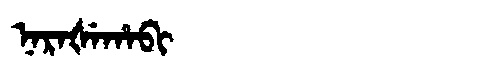
Manchu: ᠨᠠᡵᠠᡧᡝᡥᠠᠪᡳ
Romanization: NARAŠEHABI